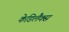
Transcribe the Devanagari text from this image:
केडिलैक्‍स